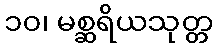
၁၀၊ မစ္ဆရိယသုတ္တ